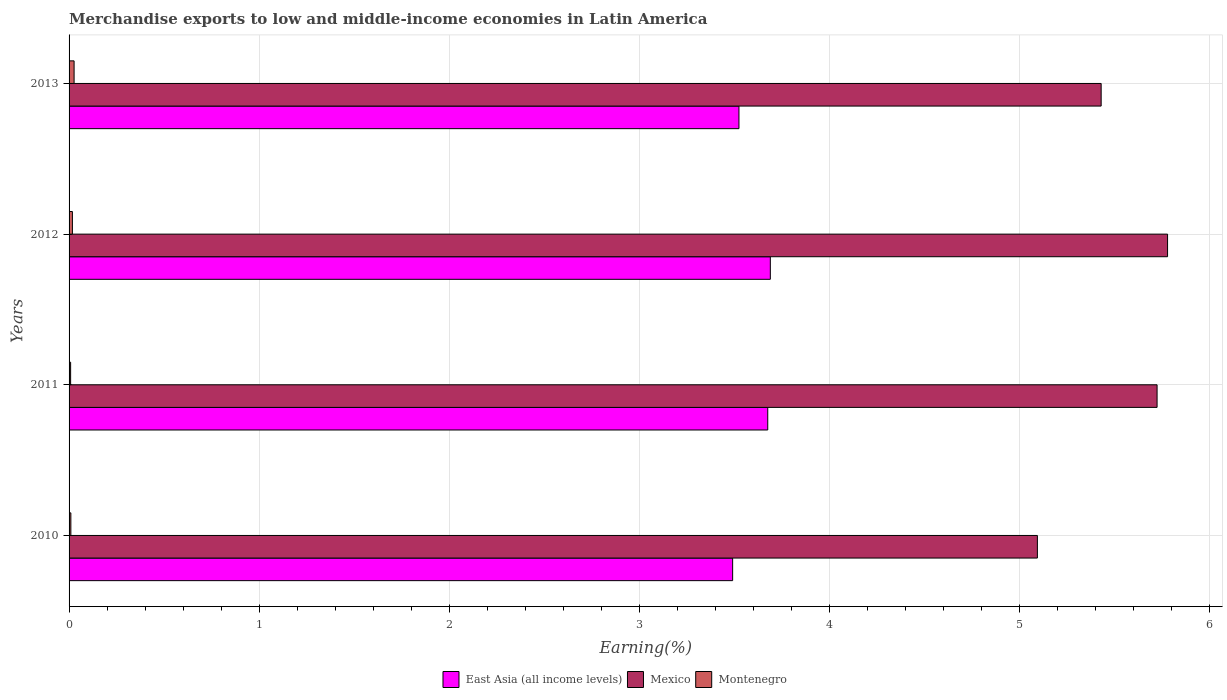
| Years | East Asia (all income levels) | Mexico | Montenegro |
 | --- | --- | --- | --- |
 | 2010 | 3.49 | 5.09 | 0.00942 |
 | 2011 | 3.68 | 5.72 | 0.0082 |
 | 2012 | 3.69 | 5.78 | 0.0176 |
 | 2013 | 3.52 | 5.43 | 0.0265 |